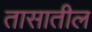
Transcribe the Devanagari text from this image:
तासातील